Senior Leaving Certificate Examination (including Day School Certificate (Higher) General paper), 1947
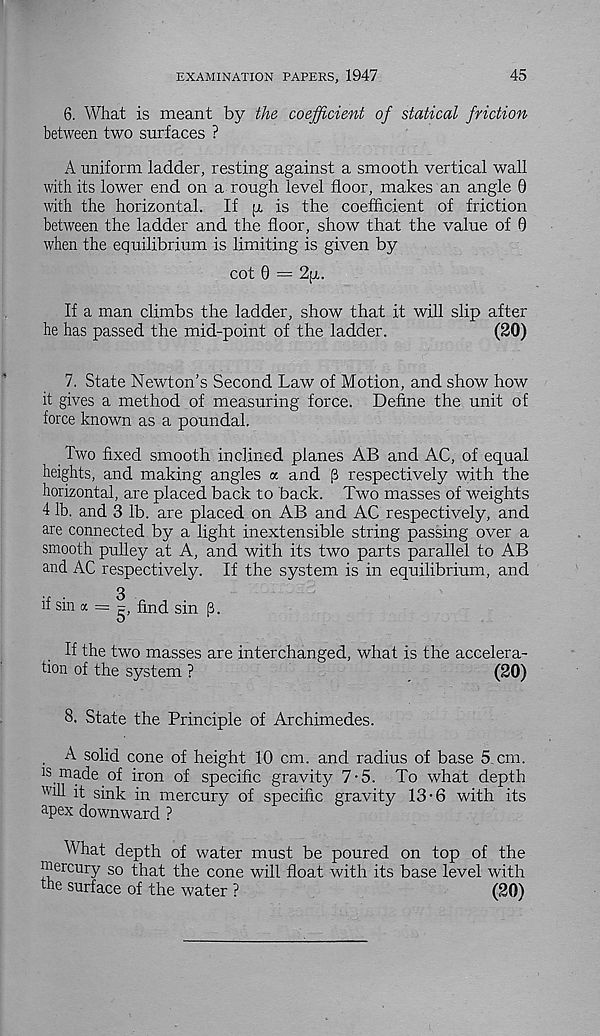
EXAMINATION PAPERS, 1947
45
6. What is meant by the coefficient of statical friction
between two surfaces ?
A uniform ladder, resting against a smooth vertical wall
with its lower end on a rough level floor, makes an angle 0
with the horizontal. If fi, is the coefficient of friction
between the ladder and the floor, show that the value of 0
when the equilibrium is limiting is given by
cot 0 = 2fx.
If a man climbs the ladder, show that it will slip after
he has passed the mid-point of the ladder.
(20)
7. State Newton’s Second Law of Motion, and show how
it gives a method of measuring force. Define the unit of
force known as a poundal.
Two fixed smooth inclined planes AB and AC, of equal
heights, and making angles a and (3 respectively with the
horizontal, are placed back to back. Two masses of weights
4 lb. and 3 lb. are placed on AB and AC respectively, and
are connected by a light inextensible string passing over a
smooth pulley at A, and with its two parts parallel to AB
and AC respectively. If the system is in equilibrium, and
it sm K = g, find sin (3.
If the two masses are interchanged, what is the accelera-
tion of the system ?
(20)
8. State the Principle of Archimedes.
A solid cone of height 10 cm. and radius of base 5 cm.
Js made of iron of specific gravity 7-5. To what depth
Wl H it sink in mercury of specific gravity 13-6 with its
apex downward ?
What depth of water must be poured on top of the
mercury so that the cone will float with its base level with
the surface of the water ?
(20)